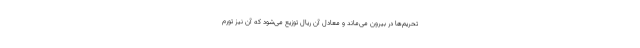
تحریم‌ها در بیرون می‌ماند و معادل آن ریال توزیع می‌شود که آن نیز تورم